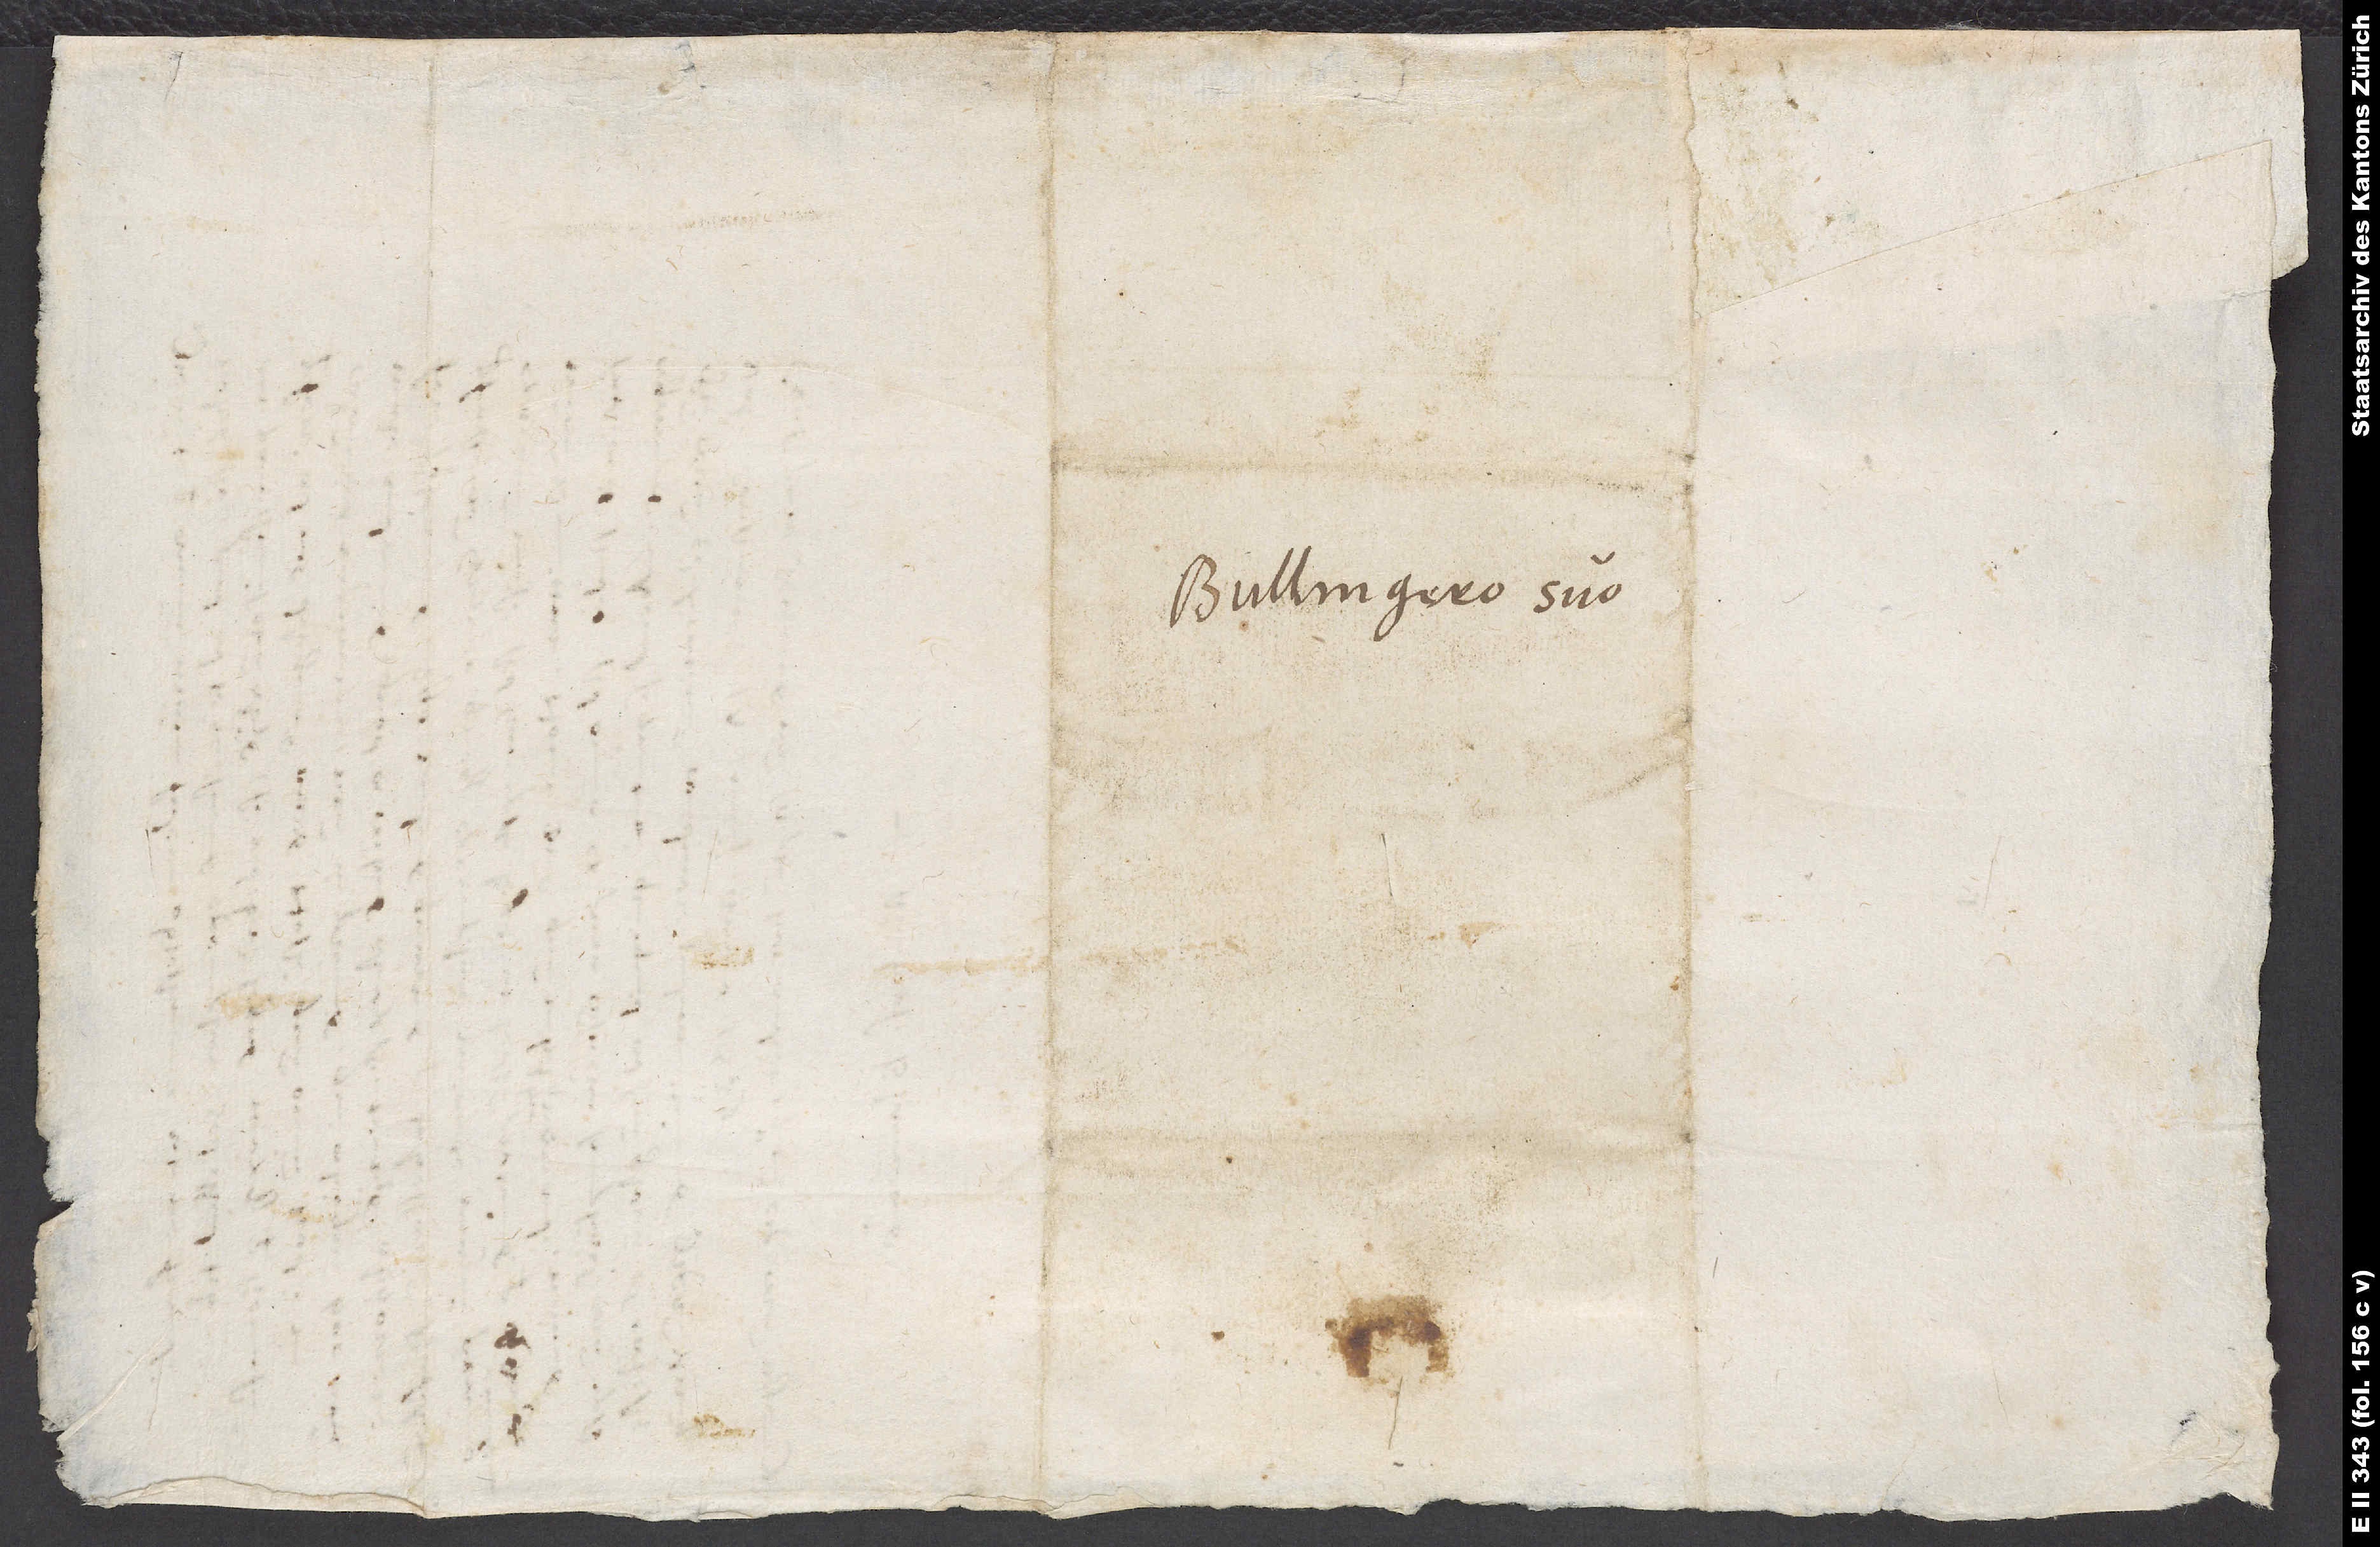
Bullingero suo.